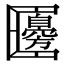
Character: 𠥫